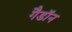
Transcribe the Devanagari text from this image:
गैडाॅन